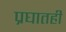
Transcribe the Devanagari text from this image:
प्रघातही